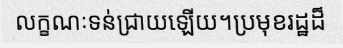
លក្ខណៈទន់ជ្រាយឡើយ។ប្រមុខរដ្ឋដ៏